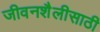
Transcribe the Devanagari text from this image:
जीवनशैलीसाठी